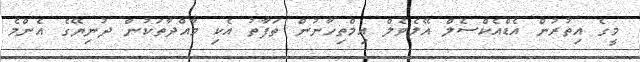
މީގެ އިތުރުން އެޑްއެކްސެލް އޭލެވެލް އިމްތިހާނުން ތަފާތު އެކި މާއްދާތަކުން ދުނިޔޭގެ އެންމެ